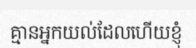
គ្មានអ្នកយល់ដែលហើយខ្ញុំ